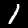
Digit: 1